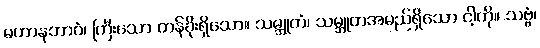
မဟာနုဘာဝံ၊ ကြီးသော တန်ခိုးရှိသော။ သမ္ဘူတံ၊ သမ္ဘူတအမည်ရှိသော ငါ့ကို။ သဗ္ဗံ၊